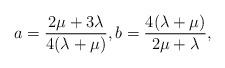
LaTeX: \begin{align*} a=\frac{2\mu+3\lambda}{4(\lambda+\mu)}, b=\frac{4(\lambda+\mu)}{2\mu+\lambda},\end{align*}